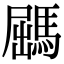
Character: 𩣹